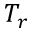
T _ { r }